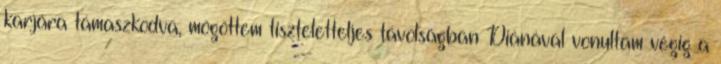
karjára támaszkodva, mögöttem tiszteletteljes távolságban Diánával vonultam végig a